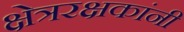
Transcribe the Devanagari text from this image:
क्षेत्ररक्षकांनी